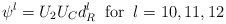
\begin{align*}\psi^{l} = U_{2} U_{C} d_{R}^{l} \; \; {\rm for} \; \; l =10, 11, 12\end{align*}